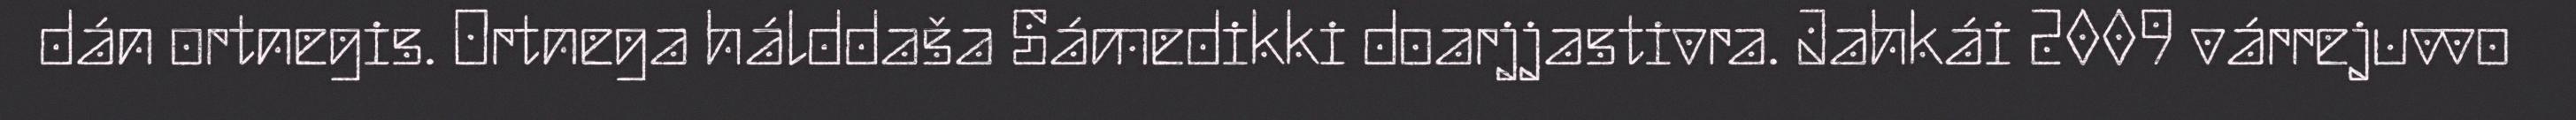
dán ortnegis. Ortnega hálddaša Sámedikki doarjjastivra. Jahkái 2009 várrejuvvo